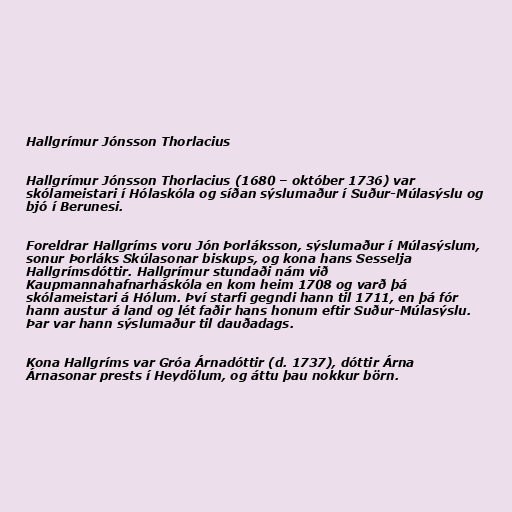
Hallgrímur Jónsson Thorlacius

Hallgrímur Jónsson Thorlacius (1680 – október 1736) var
skólameistari í Hólaskóla og síðan sýslumaður í Suður-Múlasýslu og
bjó í Berunesi.

Foreldrar Hallgríms voru Jón Þorláksson, sýslumaður í Múlasýslum,
sonur Þorláks Skúlasonar biskups, og kona hans Sesselja
Hallgrímsdóttir. Hallgrímur stundaði nám við
Kaupmannahafnarháskóla en kom heim 1708 og varð þá
skólameistari á Hólum. Því starfi gegndi hann til 1711, en þá fór
hann austur á land og lét faðir hans honum eftir Suður-Múlasýslu.
Þar var hann sýslumaður til dauðadags.

Kona Hallgríms var Gróa Árnadóttir (d. 1737), dóttir Árna
Árnasonar prests í Heydölum, og áttu þau nokkur börn.